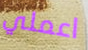
اعملي